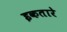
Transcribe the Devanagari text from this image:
इकतारे